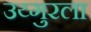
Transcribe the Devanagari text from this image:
उय्गुरला